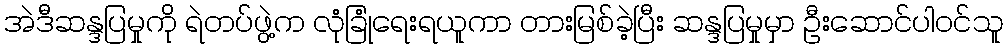
အဲဒီဆန္ဒပြမှုကို ရဲတပ်ဖွဲ့က လုံခြုံရေးရယူကာ တားမြစ်ခဲ့ပြီး ဆန္ဒပြမှုမှာ ဦးဆောင်ပါဝင်သူ